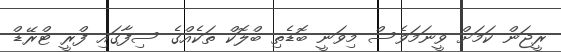
ރީޖަން ކަމަށް ވީނަމަވެސް މިވަނީ ބޮޑެތި ބްލޮކް ތަކެއްގެ ސިފާގައި ފްރީ ޓްރޭޑް